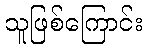
သူဖြစ်ကြောင်း